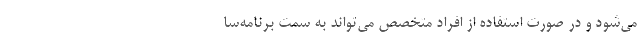
می‌شود و در صورت استفاده از افراد متخصص می‌تواند به سمت برنامه‌سا